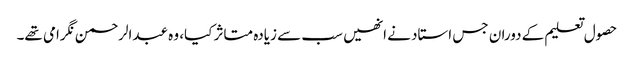
حصول تعلیم کے دوران جس استاد نے انھیں سب سے زیادہ متاثر کیا، وہ عبدالرحمن نگرامی تھے۔